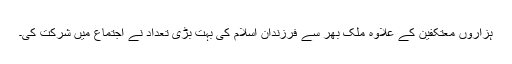
ہزاروں معتکفین کے علاوہ ملک بھر سے فرزندان اسلام کی بہت بڑی تعداد نے اجتماع میں شرکت کی۔